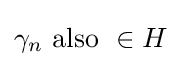
\gamma _{n}{\mbox{ also }}\in H